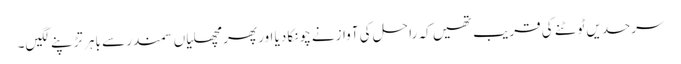
سرحدیں ٹوٹنے کی قریب تھیں کہ را حل کی آوازنے چونکا دیا اور پھر مچھلیاں سمندر سے باہر تڑپنے لگیں۔